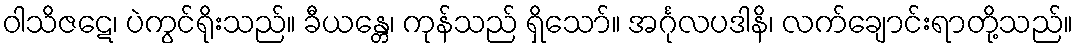
ဝါသိဇဋေ၊ ပဲကွင်ရိုးသည်။ ခီယန္တေ၊ ကုန်သည် ရှိသော်။ အင်္ဂုလပဒါနိ၊ လက်ချောင်းရာတို့သည်။